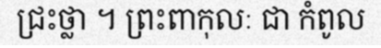
ជ្រះថ្លា ។ ព្រះពាកុលៈ ជា កំពូល